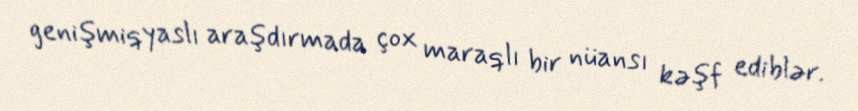
genişmiqyaslı araşdırmada çox maraqlı bir nüansı kəşf ediblər.